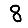
Digit: 8